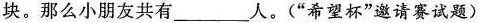
块。那么小朋友共有___人。(”希望杯”邀请赛试题)